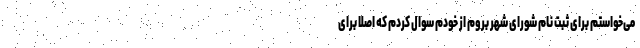
می‌خواستم برای ثبت نام شورای شهر بروم از خودم سوال کردم که اصلا برای